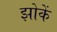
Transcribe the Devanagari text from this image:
झोकें